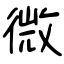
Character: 微